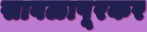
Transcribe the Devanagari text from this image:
सावळापूरकर